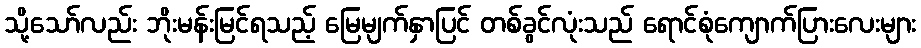
သို့သော်လည်း ဘိုးမန်းမြင်ရသည့် မြေမျက်နှာပြင် တစ်ခွင်လုံးသည် ရောင်စုံကျောက်ပြားလေးများ